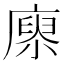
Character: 𢊻